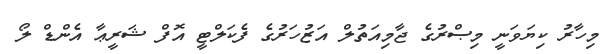
މިހާރު ކިޔަވަނީ މިޞްރުގެ ޖާމިއަތުލް އަޒުހަރުގެ ފެކަލްޓީ އޮފް ޝަރީޢާ އެންޑް ލޯ